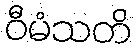
ဝီမံသတိ